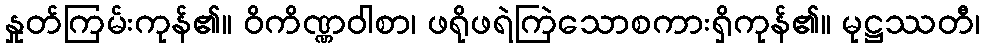
နှုတ်ကြမ်းကုန်၏။ ဝိကိဏ္ဏဝါစာ၊ ဖရိုဖရဲကြဲသောစကားရှိကုန်၏။ မုဋ္ဌဿတီ၊